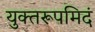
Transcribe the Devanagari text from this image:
युक्तरूपमिदं